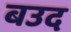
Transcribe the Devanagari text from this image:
बउद